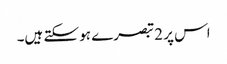
اس پر 2 تبصرے ہو سکتے ہیں۔